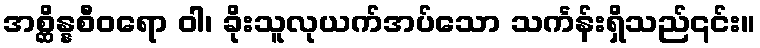
အစ္ဆိန္နစီဝရော ဝါ၊ ခိုးသူလုယက်အပ်သော သင်္ကန်းရှိသည်၎င်း။